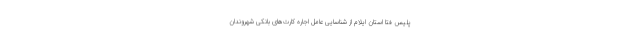
پلیس فتا استان ایلام از شناسایی عامل اجاره کارت‌های بانکی شهروندان